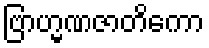
ဗြာဟ္မဏဇာတိကော